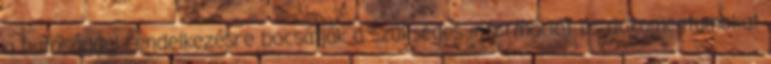
a hatósággal rendelkezésre bocsátják a szükséges információt és dokumentumokat